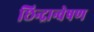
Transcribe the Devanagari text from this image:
छिन्द्रान्वेषण